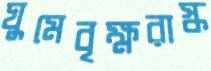
ঘুমেবৃক্ষরাস্ক